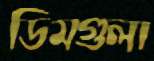
ডিমগুলা